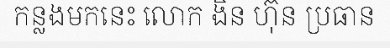
កន្លងមកនេះ លោក ងិន ហ៊ុន ប្រធាន